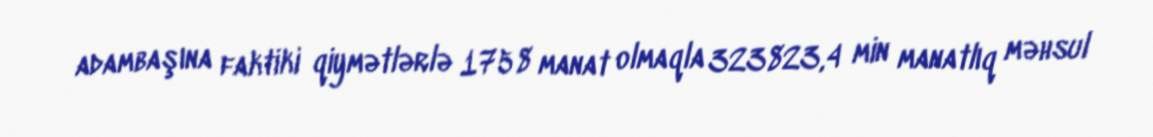
adambaşına faktiki qiymətlərlə 1758 manat olmaqla 323823,4 min manatlıq məhsul